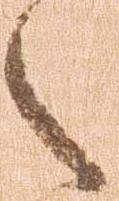
之